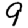
Digit: 9